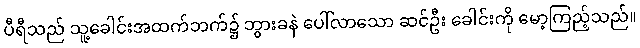
ပီရီသည် သူ့ခေါင်းအထက်ဘက်၌ ဘွားခနဲ ပေါ်လာသော ဆင်ဦး ခေါင်းကို မော့ကြည့်သည်။